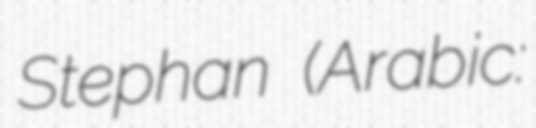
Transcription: Stephan (Arabic: